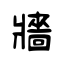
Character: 牆